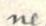
ne